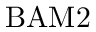
\mathrm { B A M 2 }